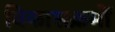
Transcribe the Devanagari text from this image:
विकासक्रमों